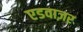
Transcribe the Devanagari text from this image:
एडवाज़र